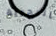
بالبحرية